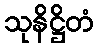
သုနိဋ္ဌိတံ